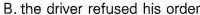
B. the driver refused his order